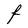
Character: F